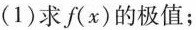
(1)求f(x)的极值；